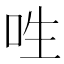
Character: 𠰮